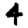
Digit: 4